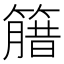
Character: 𱸦